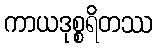
ကာယဒုစ္စရိတဿ